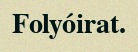
Folyóirat.